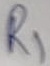
Text: R1